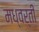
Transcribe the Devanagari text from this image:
मध्वर्ती